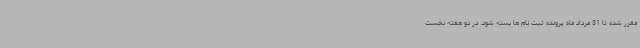
مقرر شده تا 31 مرداد ماه پرونده ثبت نام ها بسته شود. در دو هفته نخست